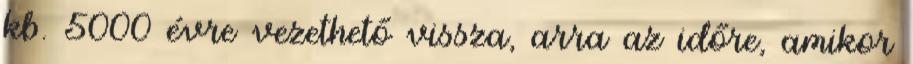
kb. 5000 évre vezethető vissza, arra az időre, amikor